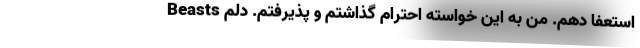
Beasts استعفا دهم. من به این خواسته احترام گذاشتم و پذیرفتم. دلم